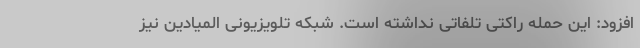
افزود: این حمله راکتی تلفاتی نداشته است. شبکه تلویزیونی المیادین نیز